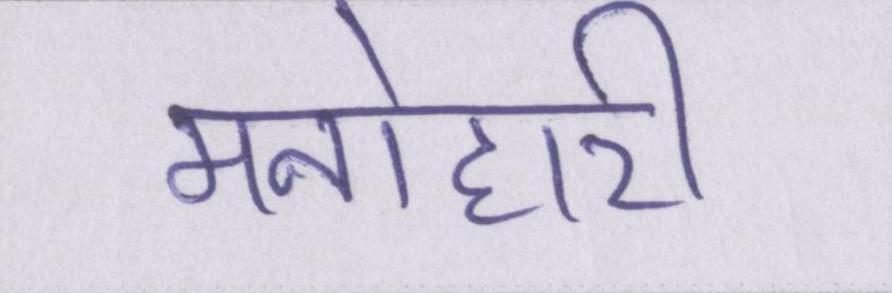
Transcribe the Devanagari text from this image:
मनोहारी